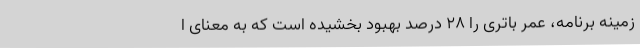
زمینه برنامه، عمر باتری را 28 درصد بهبود بخشیده است که به معنای ا